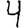
Digit: 4